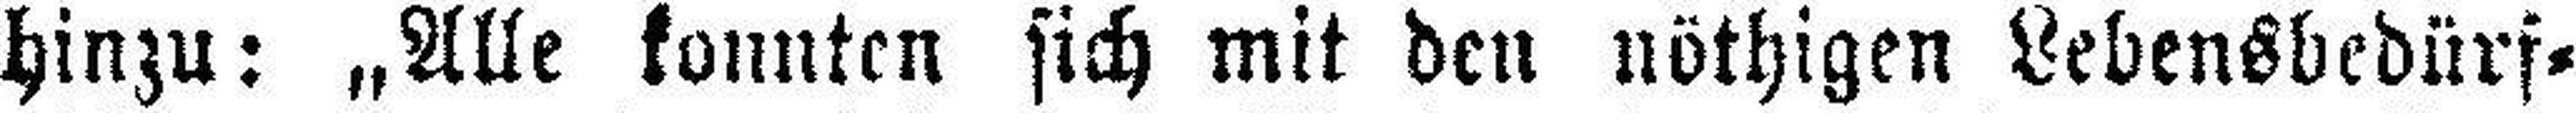
hinzu: „Alle konnten sich mit den nöthigen Lebensbedürf¬